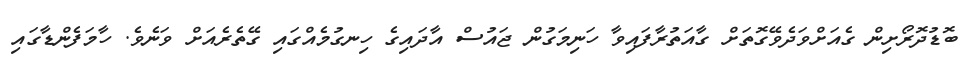
ބޮޑުދޮރޯށިން ގެއަށްވަދެވޭގޮތަށް ގާއަތުރާފައިވާ ހަނިމަގުން ޖައުސް އާދައިގެ ހިނގުމެއްގައި ގޭތެރެއަށް ވަނެވެ. ހާމަފެންޑާގައި